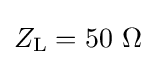
Z_{\text{L}}=50~\Omega